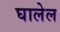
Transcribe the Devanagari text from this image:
घालेल